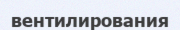
вентилирования